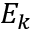
E _ { k }